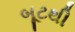
બૂટથી